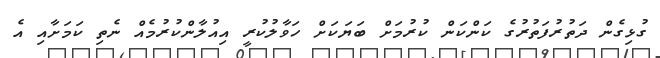
ގުޅިގެން ދަތުރުފަތުރުގެ ކަންކަން ކުރުމަށް ބަޔަކަށް ހަވާލުކުރީ އިއުލާންކުރުމެއް ނެތި ކަމަށާއި އެ